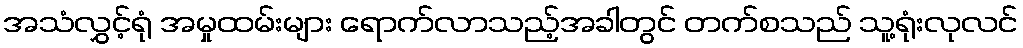
အသံလွှင့်ရုံ အမှုထမ်းများ ရောက်လာသည့်အခါတွင် တက်စသည် သူ့ရုံးလုလင်